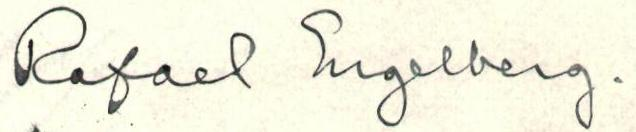
Rafael Engelberg.